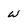
Character: W